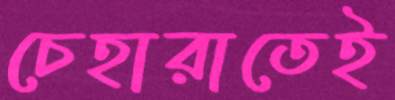
চেহারাতেই